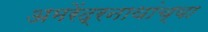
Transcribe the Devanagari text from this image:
अमरेंद्रनाथांच्या